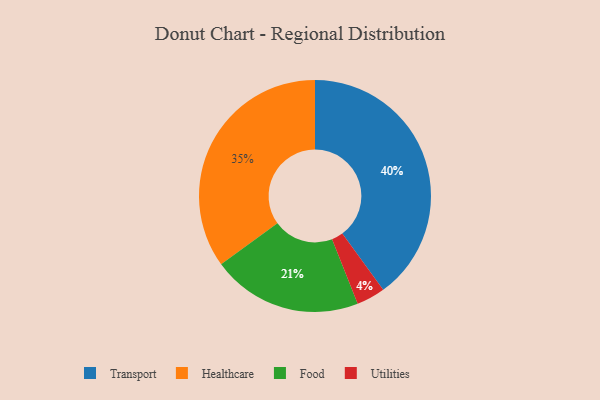
{"axis": {"x": "Category", "y": "Percentage"}, "legend": ["Food", "Healthcare", "Transport", "Utilities"], "data": [{"x": "Food", "y": 21, "type": "Food"}, {"x": "Healthcare", "y": 35, "type": "Healthcare"}, {"x": "Utilities", "y": 4, "type": "Utilities"}, {"x": "Transport", "y": 40, "type": "Transport"}]}